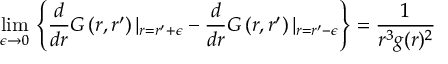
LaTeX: \operatorname * { l i m } _ { \epsilon \to 0 } \, \left\{ \frac { d } { d r } G \left( r , r ^ { \prime } \right) \vert _ { r = r ^ { \prime } + \epsilon } - \frac { d } { d r } G \left( r , r ^ { \prime } \right) \vert _ { r = r ^ { \prime } - \epsilon } \right\} = \frac { 1 } { r ^ { 3 } g ( r ) ^ { 2 } }